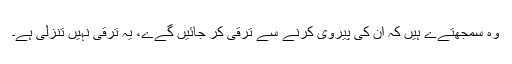
وہ سمجھتےے ہیں کہ ان کی پیروی کرنے سے ترقی کر جائیں گےے، یہ ترقی نہیں تنزلی ہے۔